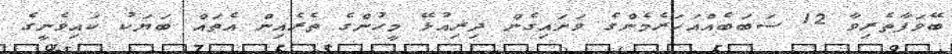
ބޭވަފާތެރިވާ 12 ސަބަބެއްއަހަރެމެންގެ ވަށައިގެން ދިރިއުޅޭ މީހުންގެ ތެރެއިން އެތައް ބަޔަކު ކައިވެނީގެ